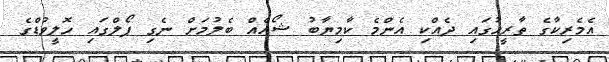
އެމެރިކާގެ ތާރީހުގައި ދެއްކި އެންމެ ކާމިޔާބު ޝޯއެއް ބެލުމަށް ނެގި ޕޯލްގައި ހޮލީވުޑްގެ